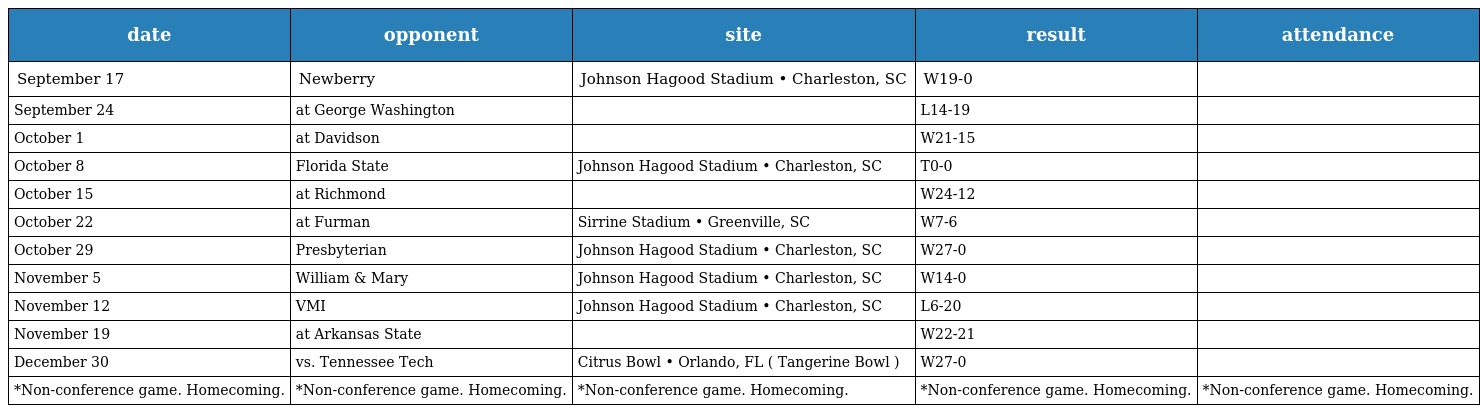
| date | opponent | site | result | attendance |
 | --- | --- | --- | --- | --- |
 | September 17 | Newberry | Johnson Hagood Stadium • Charleston, SC | W19-0 |  |
 | September 24 | at George Washington |  | L14-19 |  |
 | October 1 | at Davidson |  | W21-15 |  |
 | October 8 | Florida State | Johnson Hagood Stadium • Charleston, SC | T0-0 |  |
 | October 15 | at Richmond |  | W24-12 |  |
 | October 22 | at Furman | Sirrine Stadium • Greenville, SC | W7-6 |  |
 | October 29 | Presbyterian | Johnson Hagood Stadium • Charleston, SC | W27-0 |  |
 | November 5 | William & Mary | Johnson Hagood Stadium • Charleston, SC | W14-0 |  |
 | November 12 | VMI | Johnson Hagood Stadium • Charleston, SC | L6-20 |  |
 | November 19 | at Arkansas State |  | W22-21 |  |
 | December 30 | vs. Tennessee Tech | Citrus Bowl • Orlando, FL ( Tangerine Bowl ) | W27-0 |  |
 | *Non-conference game. Homecoming. | *Non-conference game. Homecoming. | *Non-conference game. Homecoming. | *Non-conference game. Homecoming. | *Non-conference game. Homecoming. |